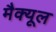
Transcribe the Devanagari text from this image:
मैक्यूल